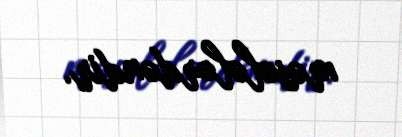
məsələlərdəndir.